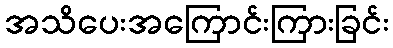
အသိပေးအကြောင်းကြားခြင်း